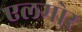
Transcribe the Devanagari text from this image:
एलमोर